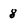
Character: 8